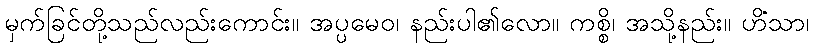
မှက်ခြင်တို့သည်လည်းကောင်း။ အပ္ပမေဝ၊ နည်းပါ၏လော။ ကစ္စိ၊ အသို့နည်း။ ဟိံသာ၊